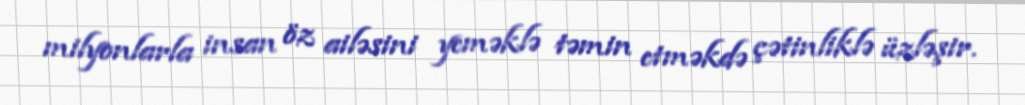
milyonlarla insan öz ailəsini yeməklə təmin etməkdə çətinliklə üzləşir.